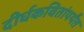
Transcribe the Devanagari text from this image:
दीर्घकवितांपर्यंत